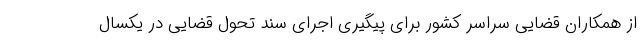
از همکاران قضایی سراسر کشور برای پیگیری اجرای سند تحول قضایی در یکسال